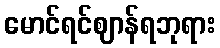
မောင်ရင်ဈာန်ရဘုရား